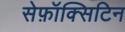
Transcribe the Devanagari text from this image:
सेफ़ॉक्सिटिन